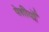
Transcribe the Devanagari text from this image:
पेशीयोँ